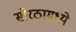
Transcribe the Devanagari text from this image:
सोरठामध्ये